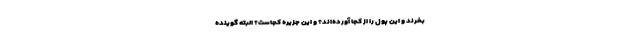
بخرند و این پول را از کجا آورده‌اند؟ و این جزیره کجاست؟ البته گوینده